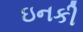
ઇનકી